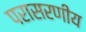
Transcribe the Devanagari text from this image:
परासरणीय